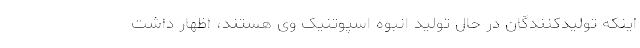
اینکه تولیدکنندگان در حال تولید انبوه اسپوتنیک وی هستند، اظهار داشت